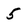
Character: 5